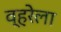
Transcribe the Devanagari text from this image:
व्हरेला